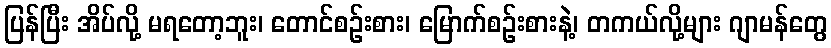
ပြန်ပြီး အိပ်လို့ မရတော့ဘူး၊ တောင်စဉ်းစား၊ မြောက်စဉ်းစားနဲ့၊ တကယ်လို့များ ဂျာမန်တွေ